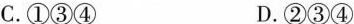
C.①③④ D.②③④